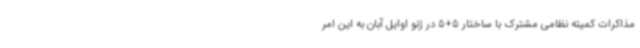
مذاکرات کمیته نظامی مشترک با ساختار 5+5 در ژنو اوایل آبان به این امر